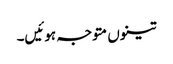
تینوں متوجہ ہوئیں۔